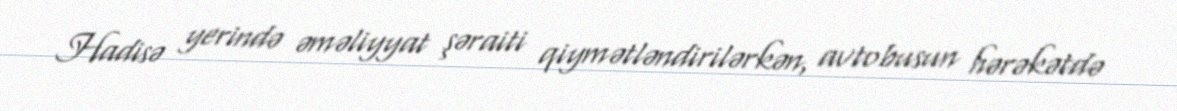
Hadisə yerində əməliyyat şəraiti qiymətləndirilərkən, avtobusun hərəkətdə